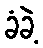
ခံခဲ့